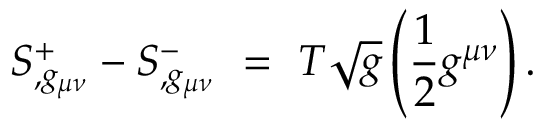
S _ { , g _ { \mu \nu } } ^ { + } - S _ { , g _ { \mu \nu } } ^ { - } ~ = ~ T \sqrt { g } \left( \frac { 1 } { 2 } g ^ { \mu \nu } \right) .